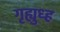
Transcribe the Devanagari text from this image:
गृह्युध्ह